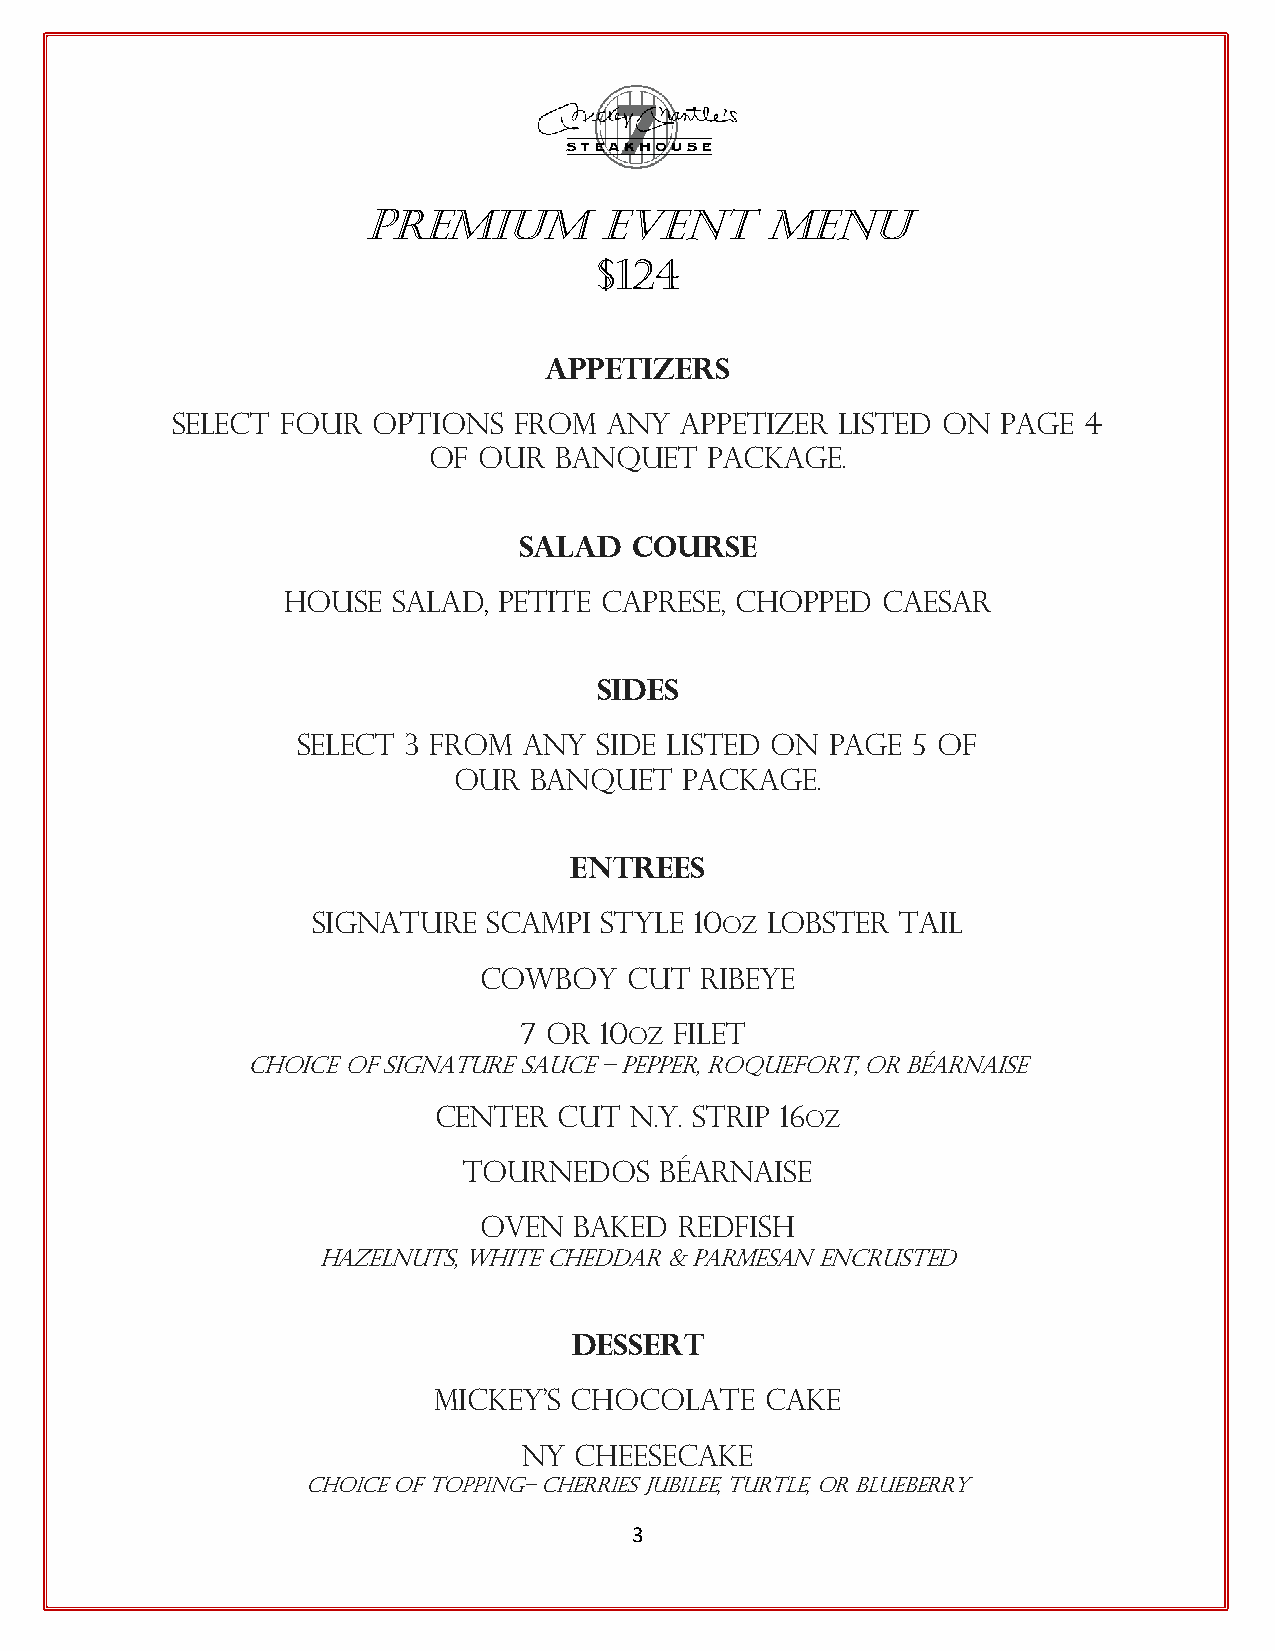
Premium         Event      Menu
 $124
 APPETIZERS
 Select  Four  options  from  any  appetizer  listed on page  4
 of  our  banquet   package.
 SALAD   COURSE
 House  Salad, Petite Caprese, Chopped  Caesar
 SIDES
 Select 3 from  any  side listed on page 5 of
 our  Banquet   Package.
 ENTREES
 Signature  Scampi  Style 10oz Lobster  Tail
 Cowboy    Cut Ribeye
 7 or  10oz Filet
 Choice of signature sauce – Pepper, Roquefort, or béarnaise
 Center  Cut  N.Y. Strip 16oz
 Tournedos    Béarnaise
 Oven  baked  redfish
 Hazelnuts, white cheddar & parmesan encrusted
 DESSERT
 Mickey’s Chocolate    Cake
 NY Cheesecake
 Choice of Topping– Cherries Jubilee, Turtle, or Blueberry
 3